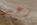
رعد